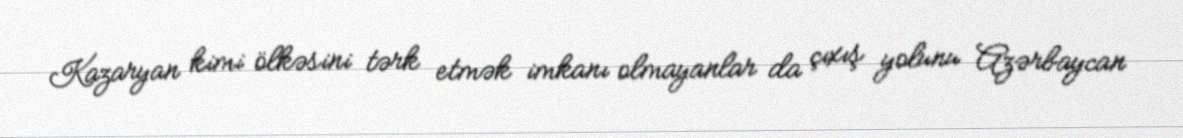
Kazaryan kimi ölkəsini tərk etmək imkanı olmayanlar da çıxış yolunu Azərbaycan